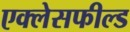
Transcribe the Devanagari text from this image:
एक्लेसफील्ड